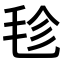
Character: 𣭕